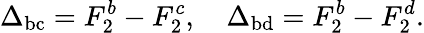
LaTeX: \Delta_{\mathrm{bc}}=F_{2}^{b}-F_{2}^{c},\quad\Delta_{\mathrm{bd}}=F_{2}^{b}-F_{2}^{d}.